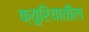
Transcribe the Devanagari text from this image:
क्युरियातील